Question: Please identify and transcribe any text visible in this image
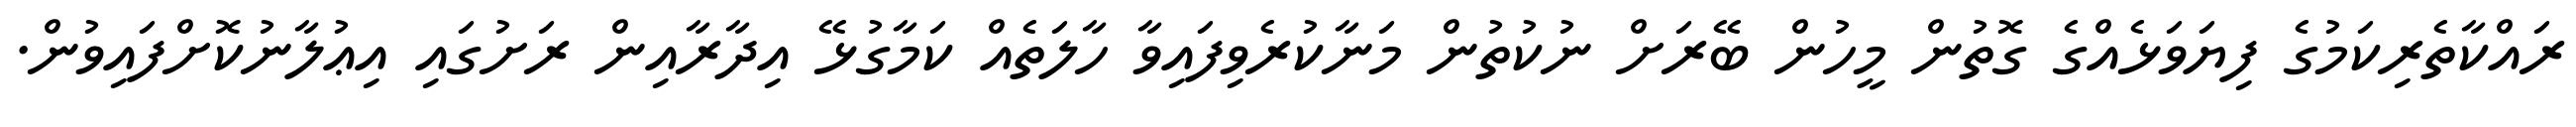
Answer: ރައްކާތެރިކަމުގެ ފިޔަވަޅެއްގެ ގޮތުން މީހުން ބޭރަށް ނުކުތުން މަނާކުރެވިފައިވާ ހާލަތެއް ކަމާގުޅޭ އިދާރާއިން ރަށުގައި އިޢުލާނުކޮށްފައިވުން.